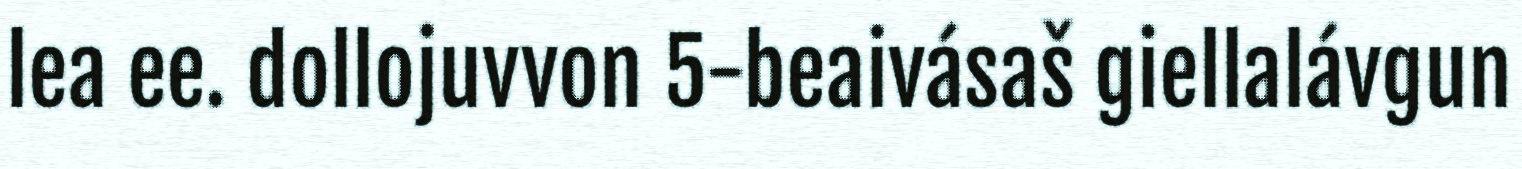
lea ee. dollojuvvon 5-beaivásaš giellalávgun